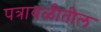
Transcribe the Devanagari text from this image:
पत्रावळीतील